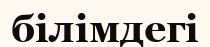
білімдегі